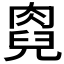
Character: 𠒯